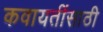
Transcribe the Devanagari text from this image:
कवायतींसाठी